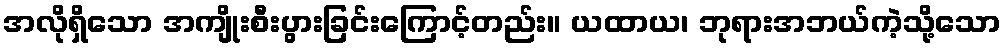
အလိုရှိသော အကျိုးစီးပွားခြင်းကြောင့်တည်း။ ယထာယ၊ ဘုရားအဘယ်ကဲ့သို့သော